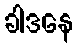
ခါဒနေ